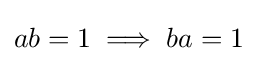
ab=1\implies ba=1